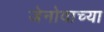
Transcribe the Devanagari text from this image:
जेनोवाच्या